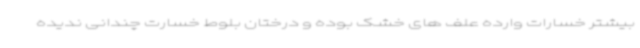
بیشتر خسارات وارده علف های خشک بوده و درختان بلوط خسارت چندانی ندیده